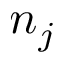
n _ { j }